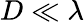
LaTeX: D\ll\lambda